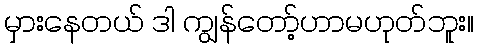
မှားနေတယ် ဒါ ကျွန်တော့်ဟာမဟုတ်ဘူး။